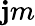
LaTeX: \mathbf{j}m